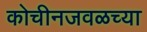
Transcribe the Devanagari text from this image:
कोचीनजवळच्या